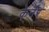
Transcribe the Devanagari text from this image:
केर्नेर